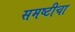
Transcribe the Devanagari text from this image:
समष्टीचा